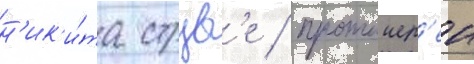
н'ик'и́та струв'е / протоиер'еи